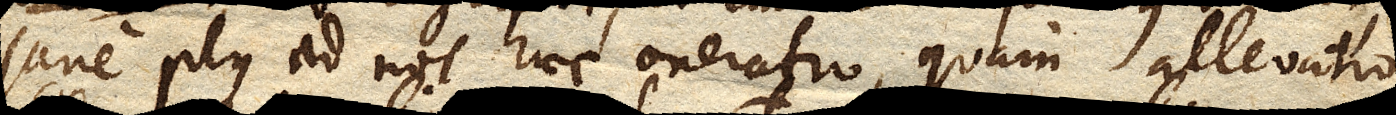
sane plus ad nos haec oneratio, quam allevatio